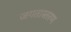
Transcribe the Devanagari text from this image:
जगतास्तरण